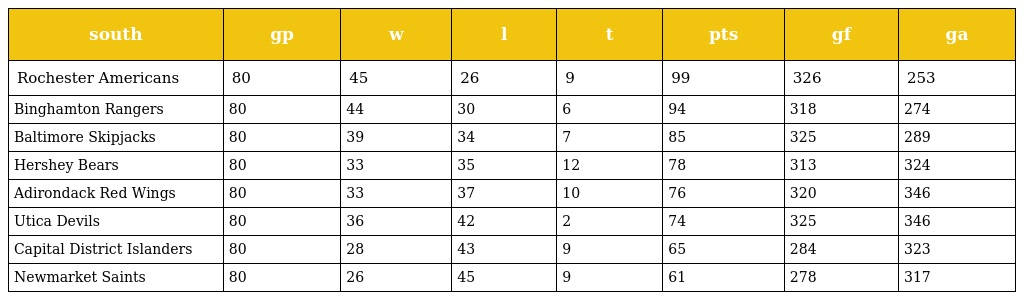
| south | gp | w | l | t | pts | gf | ga |
 | --- | --- | --- | --- | --- | --- | --- | --- |
 | Rochester Americans | 80 | 45 | 26 | 9 | 99 | 326 | 253 |
 | Binghamton Rangers | 80 | 44 | 30 | 6 | 94 | 318 | 274 |
 | Baltimore Skipjacks | 80 | 39 | 34 | 7 | 85 | 325 | 289 |
 | Hershey Bears | 80 | 33 | 35 | 12 | 78 | 313 | 324 |
 | Adirondack Red Wings | 80 | 33 | 37 | 10 | 76 | 320 | 346 |
 | Utica Devils | 80 | 36 | 42 | 2 | 74 | 325 | 346 |
 | Capital District Islanders | 80 | 28 | 43 | 9 | 65 | 284 | 323 |
 | Newmarket Saints | 80 | 26 | 45 | 9 | 61 | 278 | 317 |